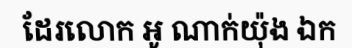
ដែរលោក អូ ណាក់យ៉ុង ឯក